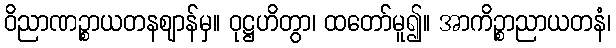
ဝိညာဏဉ္စာယတနဈာန်မှ။ ဝုဋ္ဌဟိတွာ၊ ထတော်မူ၍။ အာကိဉ္စာညာယတနံ၊